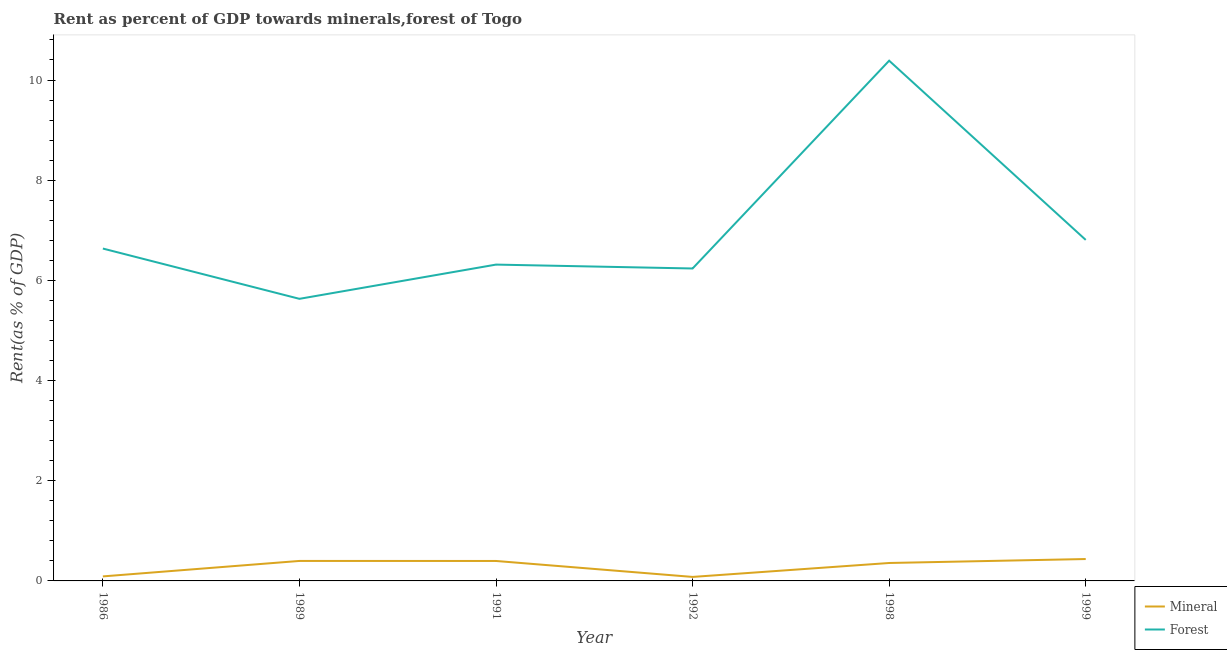
| Year | Mineral | Forest |
 | --- | --- | --- |
 | 1986 | 0.0904 | 6.64 |
 | 1989 | 0.399 | 5.63 |
 | 1991 | 0.398 | 6.32 |
 | 1992 | 0.0798 | 6.24 |
 | 1998 | 0.358 | 10.4 |
 | 1999 | 0.437 | 6.81 |